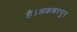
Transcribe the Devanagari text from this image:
है।अकबरपुर